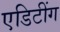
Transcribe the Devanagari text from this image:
एडिटींग